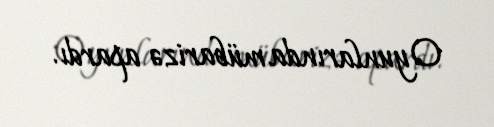
Oyunlarında mübarizə apardı.